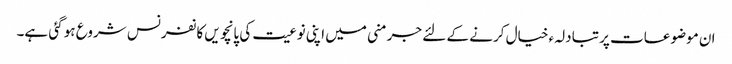
ان موضوعات پر تبادلہء خیال کرنے کے لئے جرمنی میں اپنی نوعیت کی پانچویں کانفرنس شروع ہو گئی ہے۔